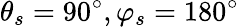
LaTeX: \theta_{s}=90^{\circ},\varphi_{s}=180^{\circ}